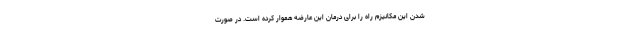
شدن این مکانیزم راه را برای درمان این عارضه هموار کرده است. در صورت